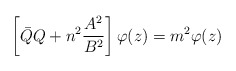
\begin{align*} \left[ {\bar Q} Q +n^2\frac{ A^2}{ B^2}\right] \varphi(z) = m^2 \varphi(z)\end{align*}